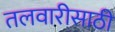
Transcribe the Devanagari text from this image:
तलवारीसाठी